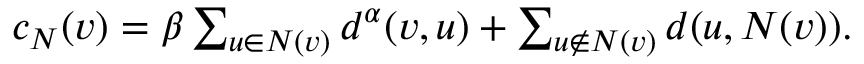
\begin{array} { r } { c _ { N } ( v ) = \beta \sum _ { u \in N ( v ) } d ^ { \alpha } ( v , u ) + \sum _ { u \notin N ( v ) } d ( u , N ( v ) ) . } \end{array}